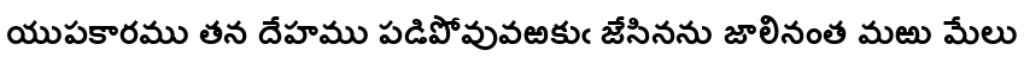
యుపకారము తన దేహము పడిపోవువఱకుఁ జేసినను జాలినంత మఱు మేలు